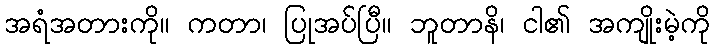
အရံအတားကို။ ကတာ၊ ပြုအပ်ပြီ။ ဘူတာနိ၊ ငါ၏ အကျိုးမဲ့ကို